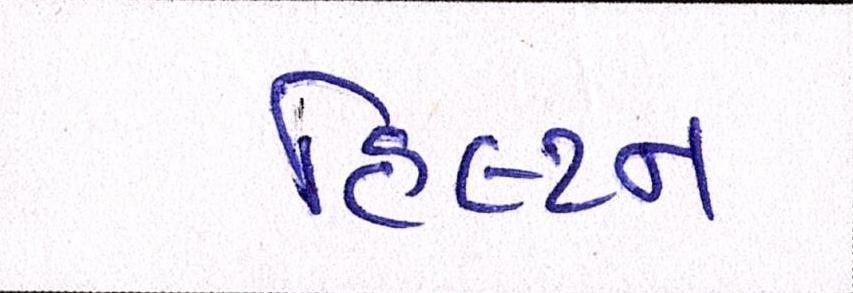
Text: હિલ્ટન